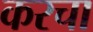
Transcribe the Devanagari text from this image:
करचा